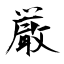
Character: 厳